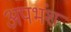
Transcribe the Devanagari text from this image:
अपभंश